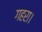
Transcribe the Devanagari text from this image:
गहरा।